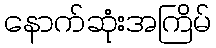
နောက်ဆုံးအကြိမ်